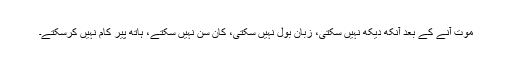
موت آنے کے بعد آنکھ دیکھ نہیں سکتی، زبان بول نہیں سکتی، کان سن نہیں سکتے، ہاتھ پیر کام نہیں کرسکتے۔